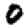
Digit: 0